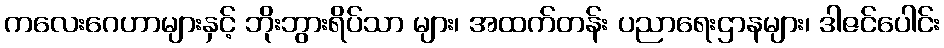
ကလေးဂေဟာများနှင့် ဘိုးဘွားရိပ်သာ များ၊ အထက်တန်း ပညာရေးဌာနများ၊ ဒါဇင်ပေါင်း